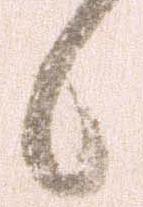
候